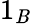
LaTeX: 1_{\mathit{B}}